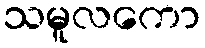
သမူလကော